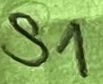
Text: S1